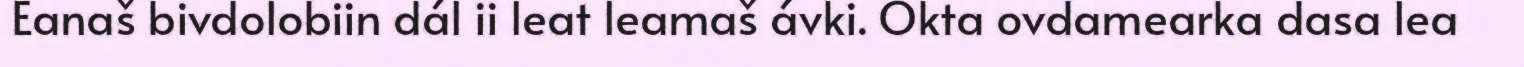
Eanaš bivdolobiin dál ii leat leamaš ávki. Okta ovdamearka dasa lea